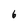
Character: 6